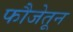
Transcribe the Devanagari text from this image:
फौजेतून